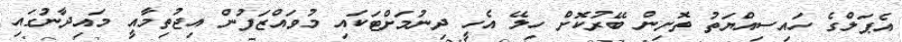
އެޕަލްގެ ހައިސިއްޔަތު ތޮށިން ބޭރުކޮށް ހިލޭ އެހީ ދިނުމަށްޓަކައި މުވައްޒަފުން އިޖުތިމާއީ މައިދާނުގައި